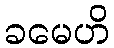
ခမေဟိ